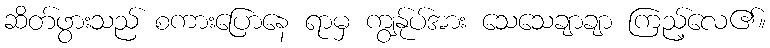
ဆိတ်ဖွားသည် စကားပြောနေ ရာမှ ကျွန်ုပ်အား သေသေချာချာ ကြည့်လေ၏။